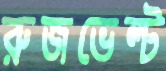
রুজভেল্ট